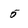
Character: 5